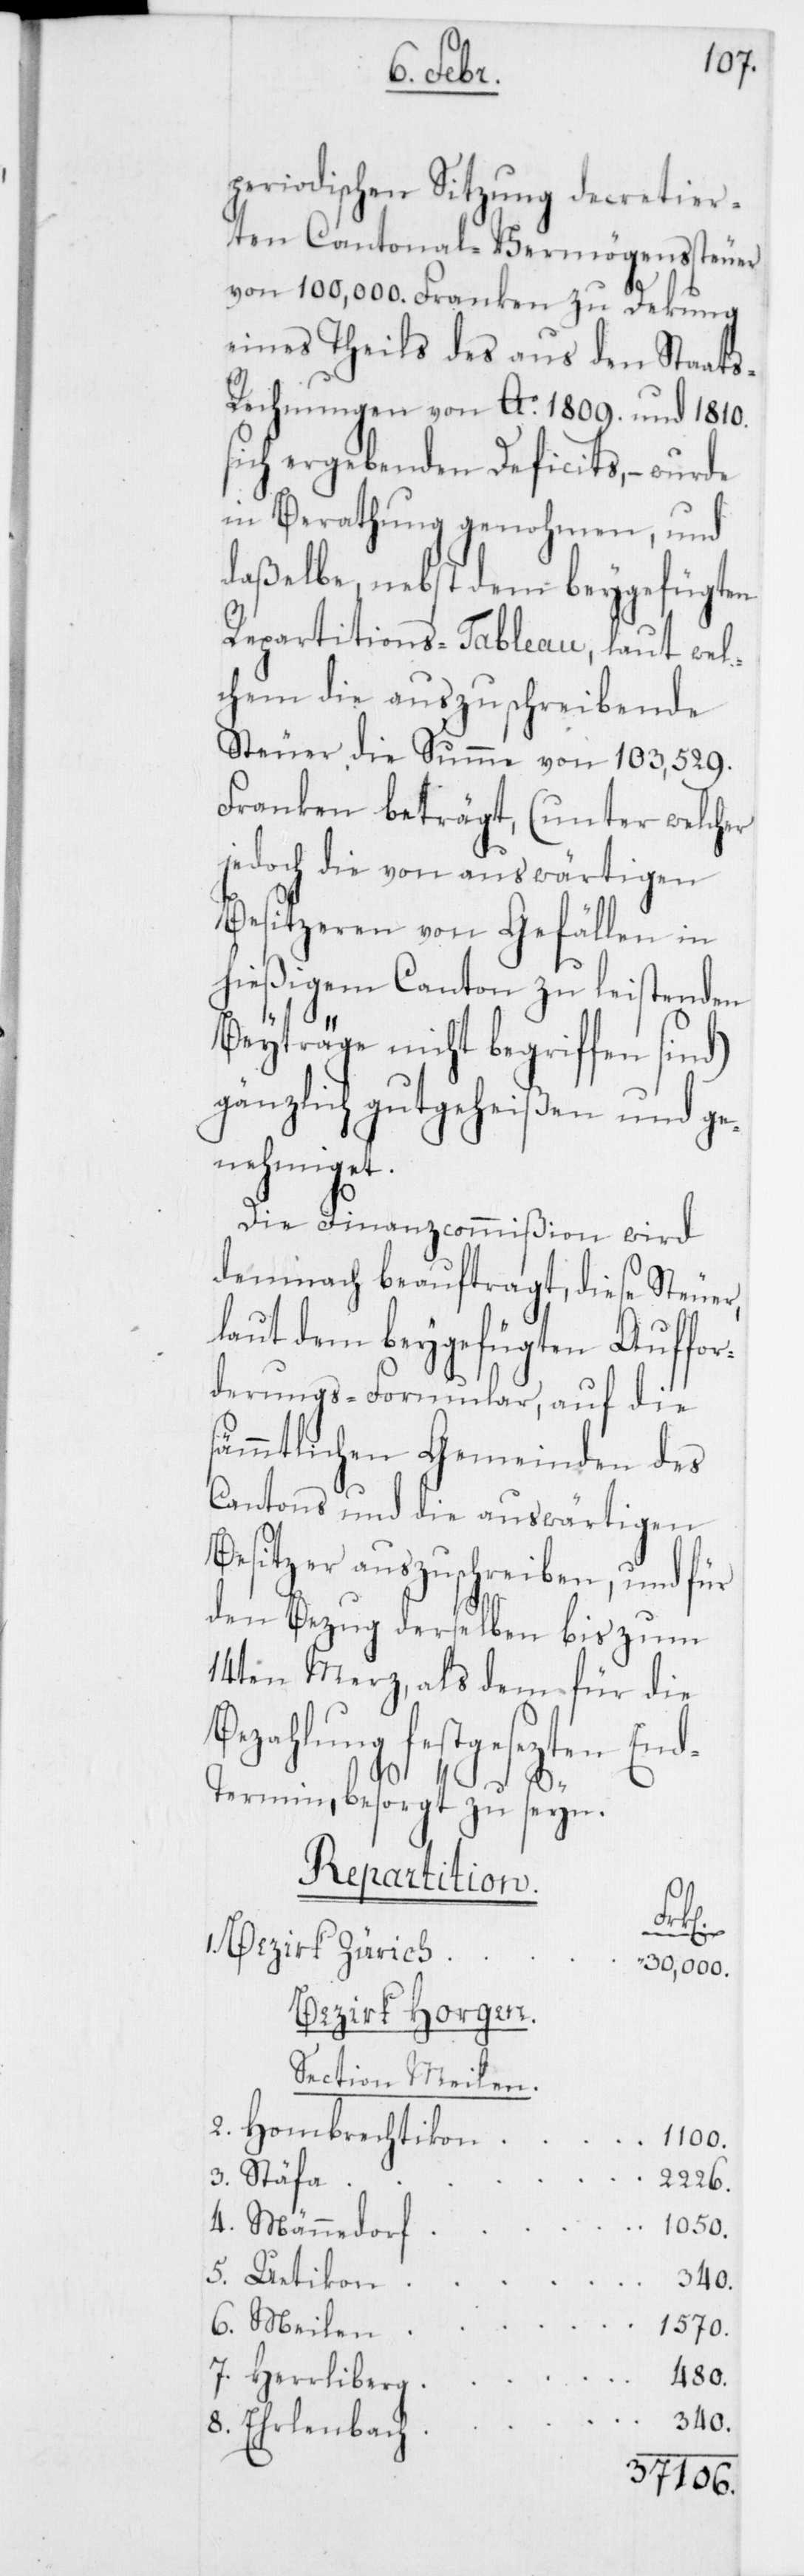
periodischen Sitzung decretier¬
ten Cantonal-Vermögenssteuer
von 100,000. Franken zu Dekung
eines Theils des aus den Staat¬
s-Rechungen von Ao. 1809. und 1810.
sich ergebenden Deficits, – wurde
in Berathung genohmen, und
daßelbe, nebst dem beygefügten
Repartitions-Tableau, laut wel¬
chem die auszuschreibende
Steuer die Summe von 103,529.
Franken beträgt, (unter welcher
jedoch die von auswärtigen
Besitzeren von Gefällen in
hießigem Canton zu leistenden
Beyträge nicht begriffen sind)
gänzlich gutgeheißen und ge¬
nehmiget.
Die Finanzcommißion wird
demnach beauftragt, diese Steuer,
laut dem beygefügten Auffor¬
derungs-Formular, auf die
sämmtlichen Gemeinden des
Cantons und die auswärtigen
Besitzer auszuschreiben, und für
den Bezug derselben b¬
14ten Merz, als dem für die
Bezahlung festgesezten En¬
d-T¬
ermin besorgt zu seyn.
Repartition.
1.
Bezirk Zürich
30,000.
Berzirk Horgen.
Section Meilen.
2. Hombrechtikon
1100.
3. Stäfa
2226.
4. Männedorf
1050.
5. Uetikon
340.
6. Meilen
480.
7. Herrliberg
340.
8. Erlen¬
bach